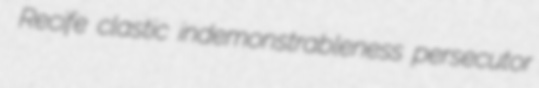
Recife clastic indemonstrableness persecutor